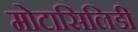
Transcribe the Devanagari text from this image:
मोटासिलिडी